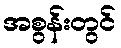
အစွန်းတွင်